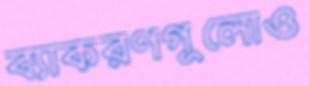
ব্যাকরণগুলোও